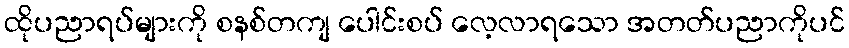
ထိုပညာရပ်များကို စနစ်တကျ ပေါင်းစပ် လေ့လာရသော အတတ်ပညာကိုပင်